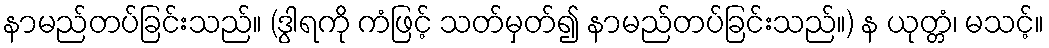
နာမည်တပ်ခြင်းသည်။ (ဒွါရကို ကံဖြင့် သတ်မှတ်၍ နာမည်တပ်ခြင်းသည်။) န ယုတ္တံ၊ မသင့်။